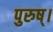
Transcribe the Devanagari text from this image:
पुरुष्।